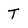
Character: T